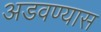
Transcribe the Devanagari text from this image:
अडवण्यास